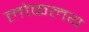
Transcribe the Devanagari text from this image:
लोकलय